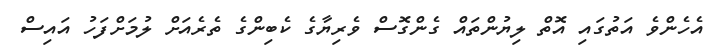
އެހެންވެ އަތުގައި އޮތް ލިޔުންތައް ގެންގޮސް ވެރިޔާގެ ކެބިންގެ ތެރެއަށް ލުމަށްފަހު އައިސް